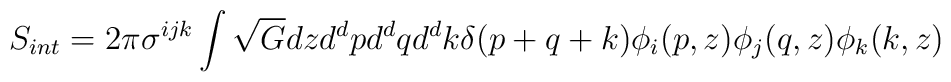
S_{int}= 2\pi \sigma^{ijk} \int \sqrt{G} dz d^dp d^dq d^dk \delta(p+q+k)\phi_i(p,z) \phi_j(q,z) \phi_k(k,z)